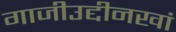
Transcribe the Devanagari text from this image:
गाजीउद्दीनखां